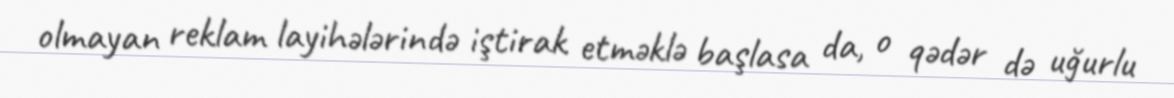
olmayan reklam layihələrində iştirak etməklə başlasa da, o qədər də uğurlu